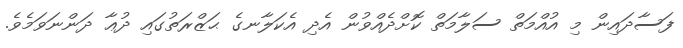
ފަސާދައިން މި އުއްމަތް ސަލާމަތް ކޮށްދެއްވުން އެދި އެކަލާނގެ ޙަޒްރަތުގައި ދުޢާ ދަންނަވަމެވެ.